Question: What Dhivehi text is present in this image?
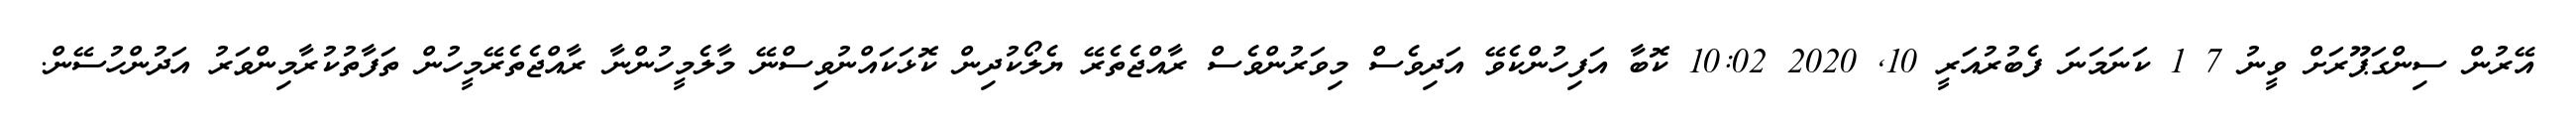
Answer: އޭރުން ސިންގަޕޫރަށް ވީނު 7 1 ކަނަމަނަ ފެބުރުއަރީ 10, 2020 10:02 ކޮބާ އަފިހުންކެވޭ އަދިވެސް މިވަރުންވެސް ރާއްޖެތެރޭ ޔެލޯކުދިން ކޮޅަކައްނުވިސްނޭ މާލެމީހުންނާ ރާއްޖެތެރޭމީހުން ތަފާތުކުރާމިންވަރު އަދުންހުސޭން.